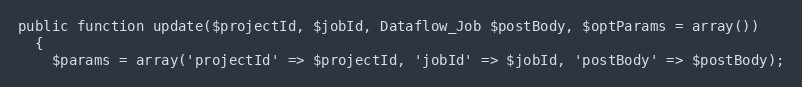
Language: PHP
public function update($projectId, $jobId, Dataflow_Job $postBody, $optParams = array())
  {
    $params = array('projectId' => $projectId, 'jobId' => $jobId, 'postBody' => $postBody);